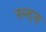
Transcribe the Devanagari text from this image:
रून्ट्ज़